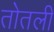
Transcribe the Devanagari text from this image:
तोतली